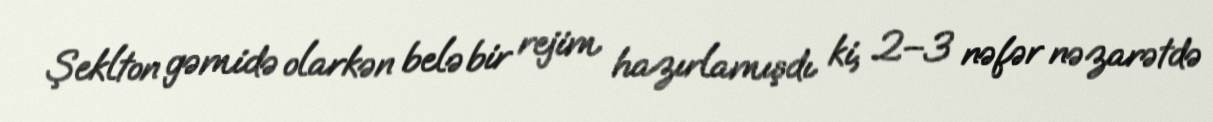
Şeklton gəmidə olarkən belə bir rejim hazırlamışdı ki, 2–3 nəfər nəzarətdə